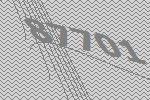
87701